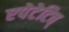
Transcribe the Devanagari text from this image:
एपेटेटिव्